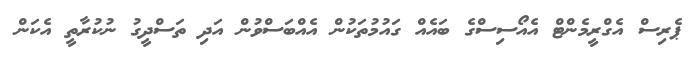
ޕެރިސް އެގްރީމެންޓް އެއޯސިސްގެ ބައެއް ގައުމުތަކުން އެއްބަސްވުން އަދި ތަސްދީގު ނުކުރާތީ އެކަން